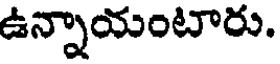
ఉన్నాయంటారు.